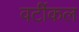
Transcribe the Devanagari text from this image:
वर्टीकल